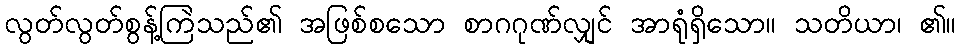
လွတ်လွတ်စွန့်ကြဲသည်၏ အဖြစ်စသော စာဂဂုဏ်လျှင် အာရုံရှိသော။ သတိယာ၊ ၏။